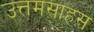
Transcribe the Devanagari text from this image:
उत्तमसाहस